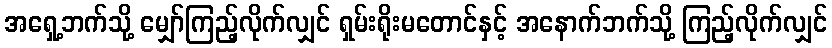
အရှေ့ဘက်သို့ မျှော်ကြည့်လိုက်လျှင် ရှမ်းရိုးမတောင်နှင့် အနောက်ဘက်သို့ ကြည့်လိုက်လျှင်